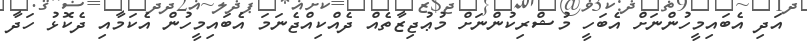
އަދި އެބައިމީހުންނަށް އެބަހީ މުޝްރިކުންނަށް މުޢުޖިޒާތެއް ދެއްކިއްޖެނަމަ އެބައިމީހުން އެކަމާއި ދެކޮޅު ހަދާ